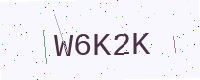
Text: W6K2K